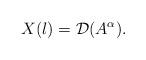
LaTeX: \begin{align*}X(l)=\mathcal{D}(A^\alpha).\end{align*}